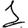
Digit: 1